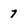
Character: 7